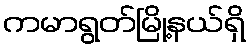
ကမာရွတ်မြို့နယ်ရှိ